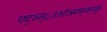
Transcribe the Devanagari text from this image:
फ्द्व्स्८उओज्स्र्फ्म्फ्व्स्कु